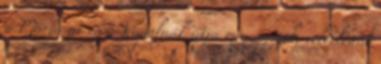
a Mária út és a Kápolnák útja megegyezik, véletlenül